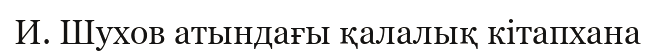
И. Шухов атындағы қалалық кітапхана